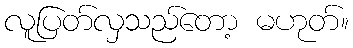
လူပြတ်လှသည်တော့ မဟုတ်။